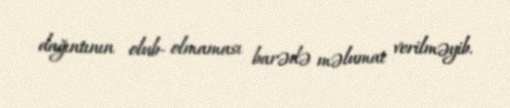
dağıntının olub- olmaması barədə məlumat verilməyib.